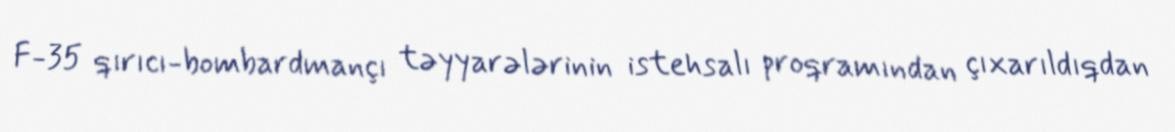
F-35 qırıcı-bombardmançı təyyarələrinin istehsalı proqramından çıxarıldıqdan